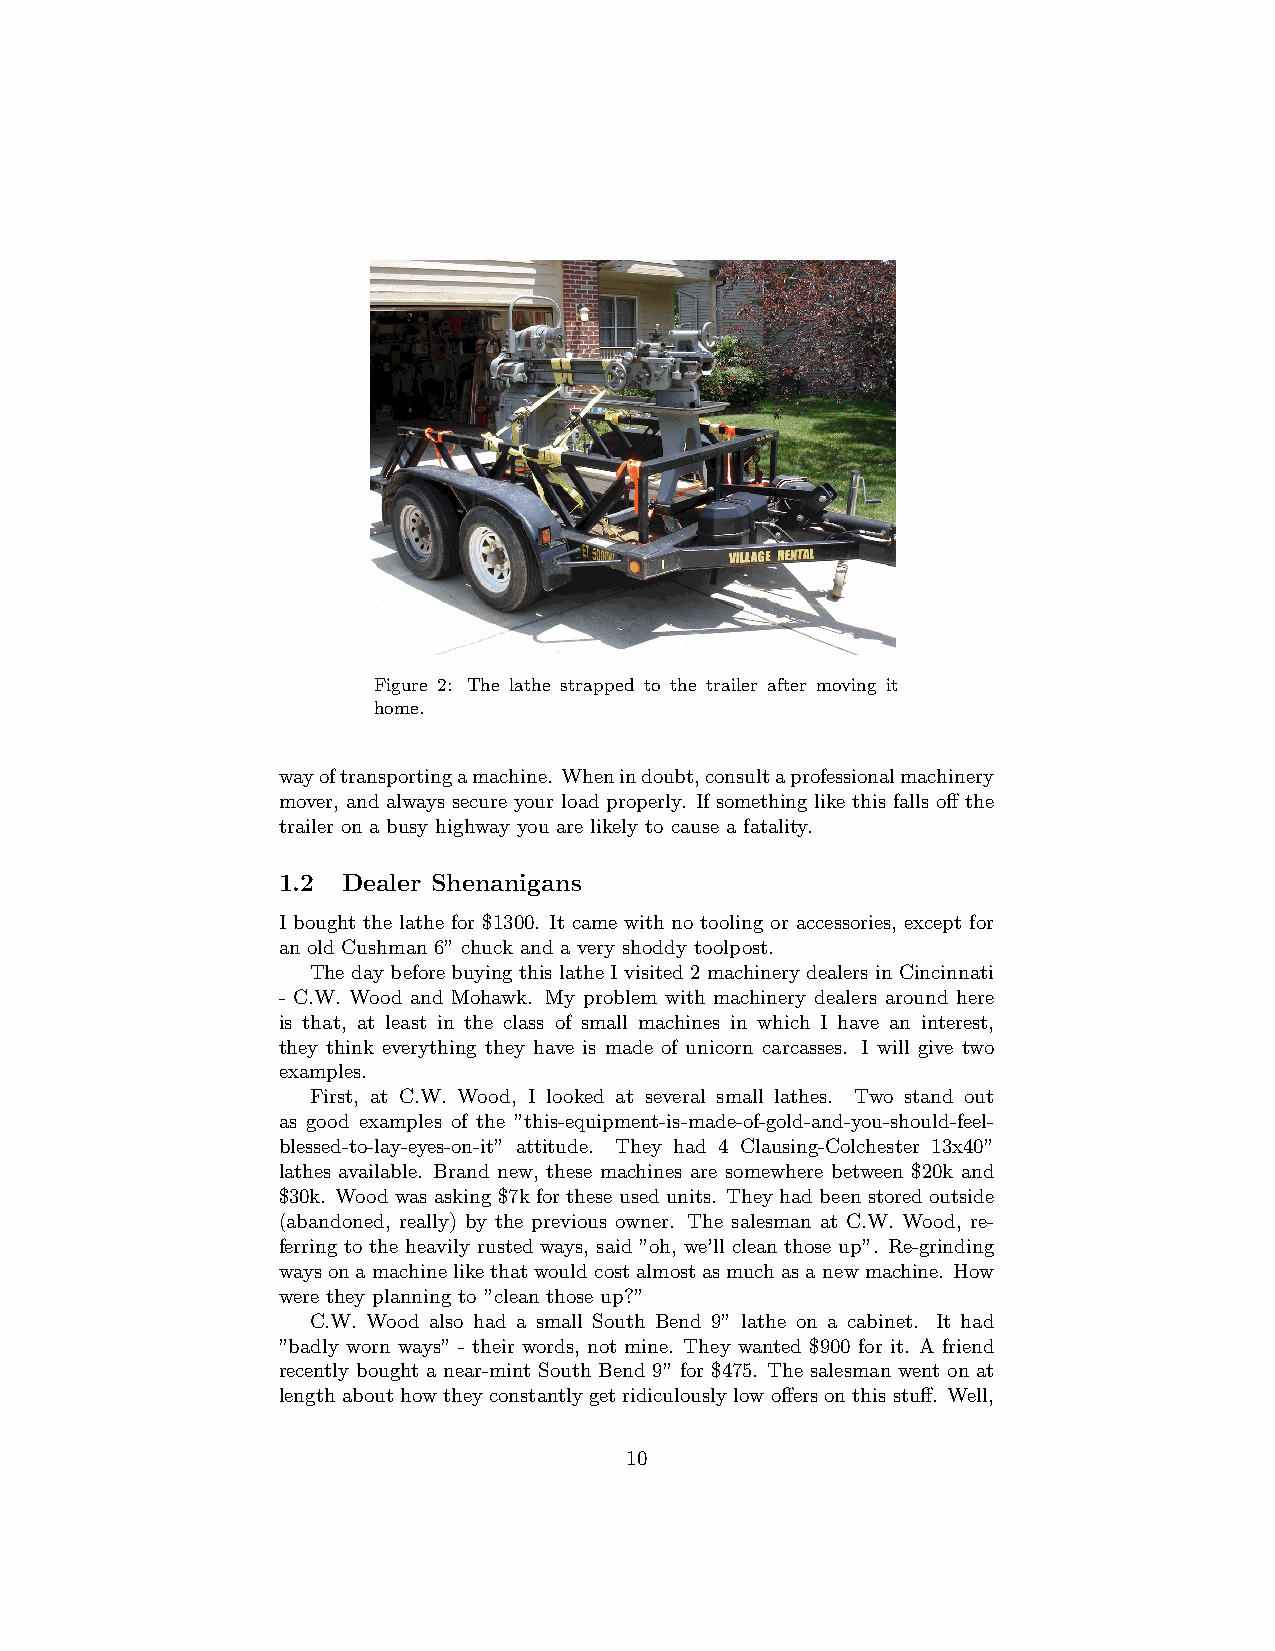
Figure 2: The lathe strapped to the trailer after moving it
 home.
 wayoftransportingamachine. Whenindoubt,consultaprofessionalmachinery
 mover, and always secure your load properly. If something like this falls off the
 trailer on a busy highway you are likely to cause a fatality.
 1.2  Dealer Shenanigans
 I bought the lathe for $1300. It came with no tooling or accessories, except for
 an old Cushman 6” chuck and a very shoddy toolpost.
 The day before buying this lathe I visited 2 machinery dealers in Cincinnati
 - C.W. Wood and Mohawk. My problem with machinery dealers around here
 is that, at least in the class of small machines in which I have an interest,
 they think everything they have is made of unicorn carcasses. I will give two
 examples.
 First, at C.W. Wood, I looked at several small lathes. Two stand out
 as good examples of the ”this-equipment-is-made-of-gold-and-you-should-feel-
 blessed-to-lay-eyes-on-it” attitude. They had 4 Clausing-Colchester 13x40”
 lathes available. Brand new, these machines are somewhere between $20k and
 $30k. Wood was asking $7k for these used units. They had been stored outside
 (abandoned, really) by the previous owner. The salesman at C.W. Wood, re-
 ferring to the heavily rusted ways, said ”oh, we’ll clean those up”. Re-grinding
 waysonamachinelikethatwouldcostalmostasmuchasanewmachine. How
 were they planning to ”clean those up?”
 C.W. Wood also had a small South Bend 9” lathe on a cabinet. It had
 ”badly worn ways” - their words, not mine. They wanted $900 for it. A friend
 recently bought a near-mint South Bend 9” for $475. The salesman went on at
 length about how they constantly get ridiculously low offers on this stuff. Well,
 10